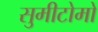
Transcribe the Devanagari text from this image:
सुमीटोमो